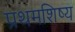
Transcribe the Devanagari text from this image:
प्रथमशिष्य